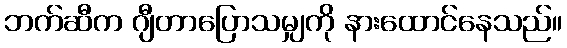
ဘက်ဆီက ဂျီတာပြောသမျှကို နားထောင်နေသည်။